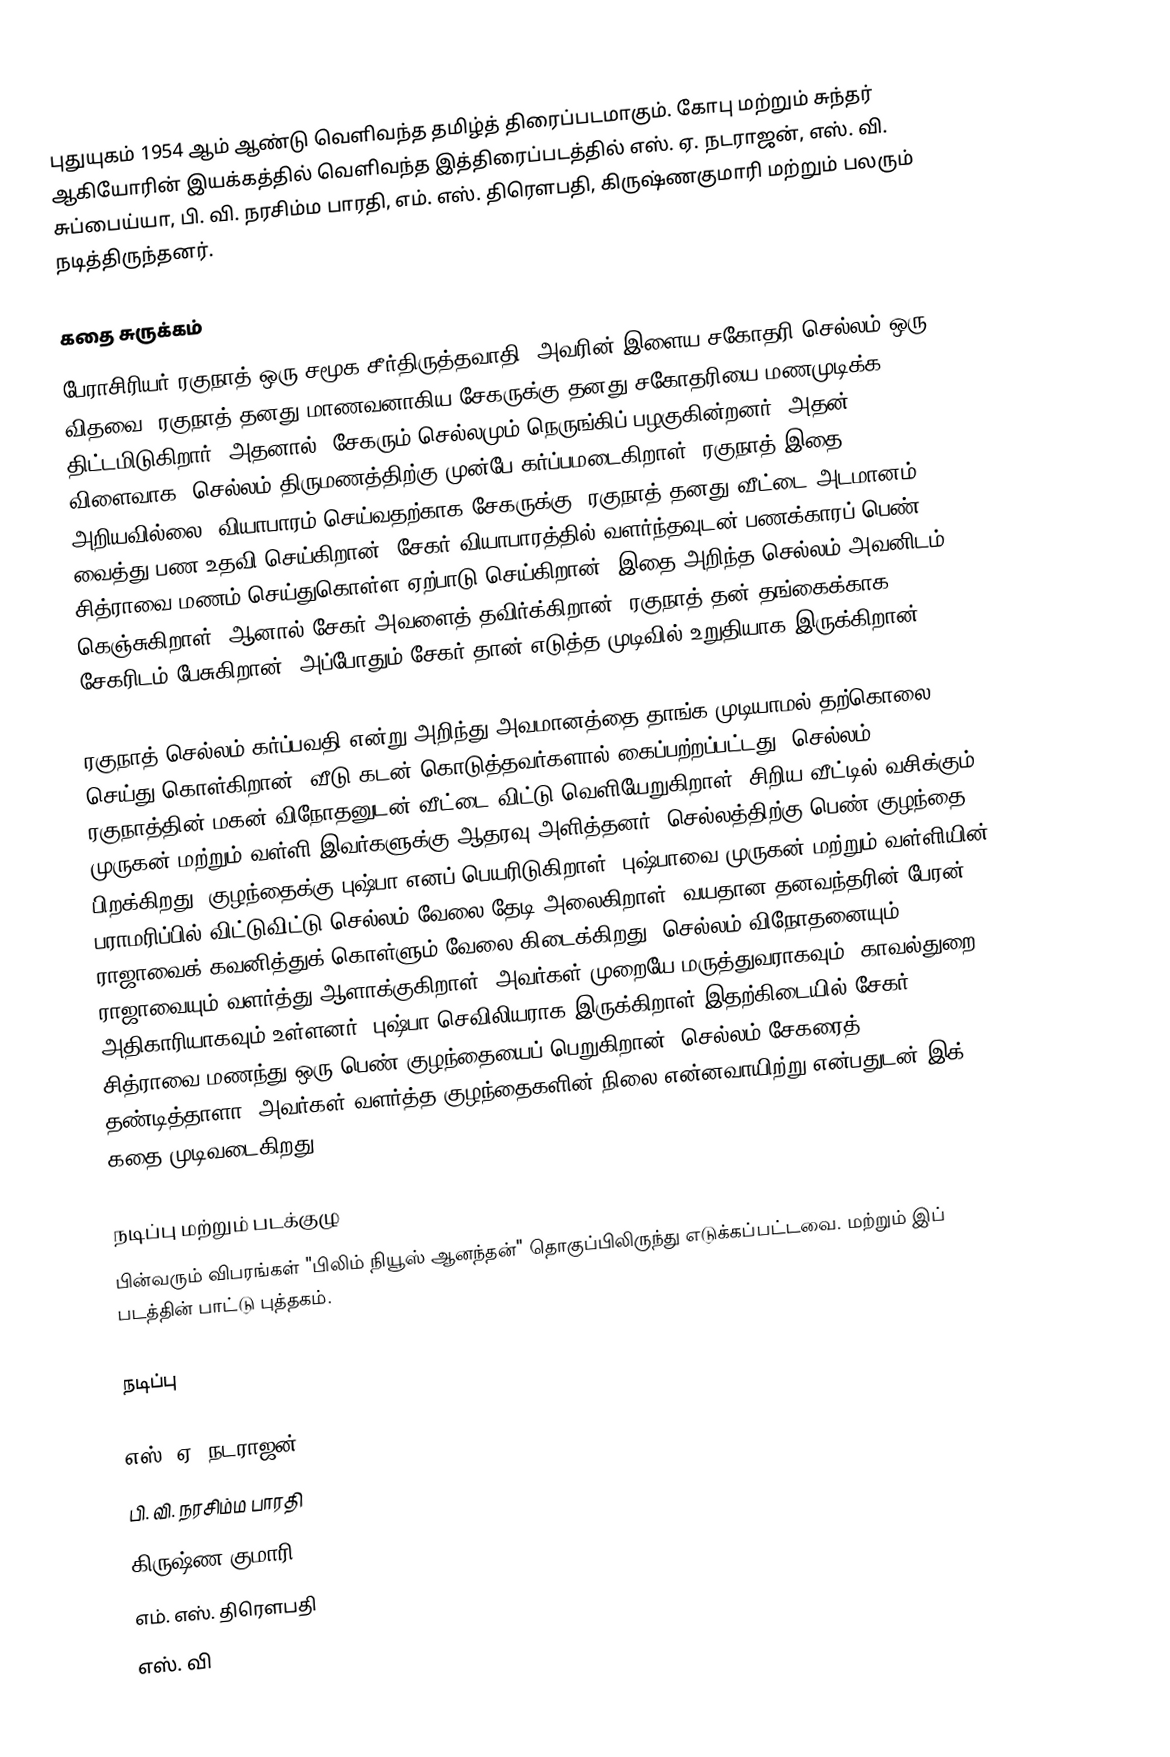
புதுயுகம் 1954 ஆம் ஆண்டு வெளிவந்த தமிழ்த் திரைப்படமாகும். கோபு மற்றும் சுந்தர் ஆகியோரின் இயக்கத்தில் வெளிவந்த இத்திரைப்படத்தில் எஸ். ஏ. நடராஜன், எஸ். வி. சுப்பைய்யா, பி. வி. நரசிம்ம பாரதி, எம். எஸ். திரௌபதி, கிருஷ்ணகுமாரி மற்றும் பலரும் நடித்திருந்தனர்.

கதை சுருக்கம்
பேராசிரியர் ரகுநாத் ஒரு சமூக சீர்திருத்தவாதி. அவரின் இளைய சகோதரி செல்லம் ஒரு விதவை. ரகுநாத் தனது மாணவனாகிய சேகருக்கு தனது சகோதரியை மணமுடிக்க திட்டமிடுகிறார். அதனால், சேகரும் செல்லமும் நெருங்கிப் பழகுகின்றனர். அதன் விளைவாக, செல்லம் திருமணத்திற்கு முன்பே கர்ப்பமடைகிறாள். ரகுநாத் இதை அறியவில்லை. வியாபாரம் செய்வதற்காக சேகருக்கு, ரகுநாத் தனது வீட்டை அடமானம் வைத்து பண உதவி செய்கிறான். சேகர் வியாபாரத்தில் வளர்ந்தவுடன் பணக்காரப் பெண் சித்ராவை மணம் செய்துகொள்ள ஏற்பாடு செய்கிறான். இதை அறிந்த செல்லம் அவனிடம் கெஞ்சுகிறாள். ஆனால் சேகர் அவளைத் தவிர்க்கிறான். ரகுநாத் தன் தங்கைக்காக சேகரிடம் பேசுகிறான். அப்போதும் சேகர் தான் எடுத்த முடிவில் உறுதியாக இருக்கிறான்.

ரகுநாத் செல்லம் கர்ப்பவதி என்று அறிந்து அவமானத்தை தாங்க முடியாமல் தற்கொலை செய்து கொள்கிறான். வீடு கடன் கொடுத்தவர்களால் கைப்பற்றப்பட்டது. செல்லம், ரகுநாத்தின் மகன் விநோதனுடன் வீட்டை விட்டு வெளியேறுகிறாள். சிறிய வீட்டில் வசிக்கும் முருகன் மற்றும் வள்ளி இவர்களுக்கு ஆதரவு அளித்தனர். செல்லத்திற்கு பெண் குழந்தை பிறக்கிறது. குழந்தைக்கு புஷ்பா எனப் பெயரிடுகிறாள். புஷ்பாவை முருகன் மற்றும் வள்ளியின் பராமரிப்பில் விட்டுவிட்டு செல்லம் வேலை தேடி அலைகிறாள். வயதான தனவந்தரின் பேரன் ராஜாவைக் கவனித்துக் கொள்ளும் வேலை கிடைக்கிறது. செல்லம் விநோதனையும் ராஜாவையும் வளர்த்து ஆளாக்குகிறாள். அவர்கள் முறையே மருத்துவராகவும், காவல்துறை அதிகாரியாகவும் உள்ளனர். புஷ்பா செவிலியராக இருக்கிறாள்.இதற்கிடையில் சேகர் சித்ராவை மணந்து ஒரு பெண் குழந்தையைப் பெறுகிறான். செல்லம் சேகரைத் தண்டித்தாளா? அவர்கள் வளர்த்த குழந்தைகளின் நிலை என்னவாயிற்று என்பதுடன் இக் கதை முடிவடைகிறது..

நடிப்பு மற்றும் படக்குழு
பின்வரும் விபரங்கள் "பிலிம் நியூஸ் ஆனந்தன்" தொகுப்பிலிருந்து எடுக்கப்பட்டவை. மற்றும் இப் படத்தின் பாட்டு புத்தகம்.

நடிப்பு

எஸ். ஏ. நடராஜன்
பி. வி. நரசிம்ம பாரதி
கிருஷ்ண குமாரி
எம். எஸ். திரௌபதி
எஸ். வி